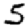
Digit: 5